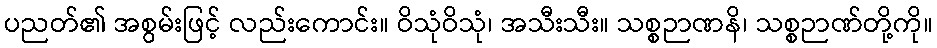
ပညတ်၏ အစွမ်းဖြင့် လည်းကောင်း။ ဝိသုံဝိသုံ၊ အသီးသီး။ သစ္စဉာဏနိ၊ သစ္စဉာဏ်တို့ကို။